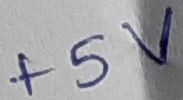
Text: +5v